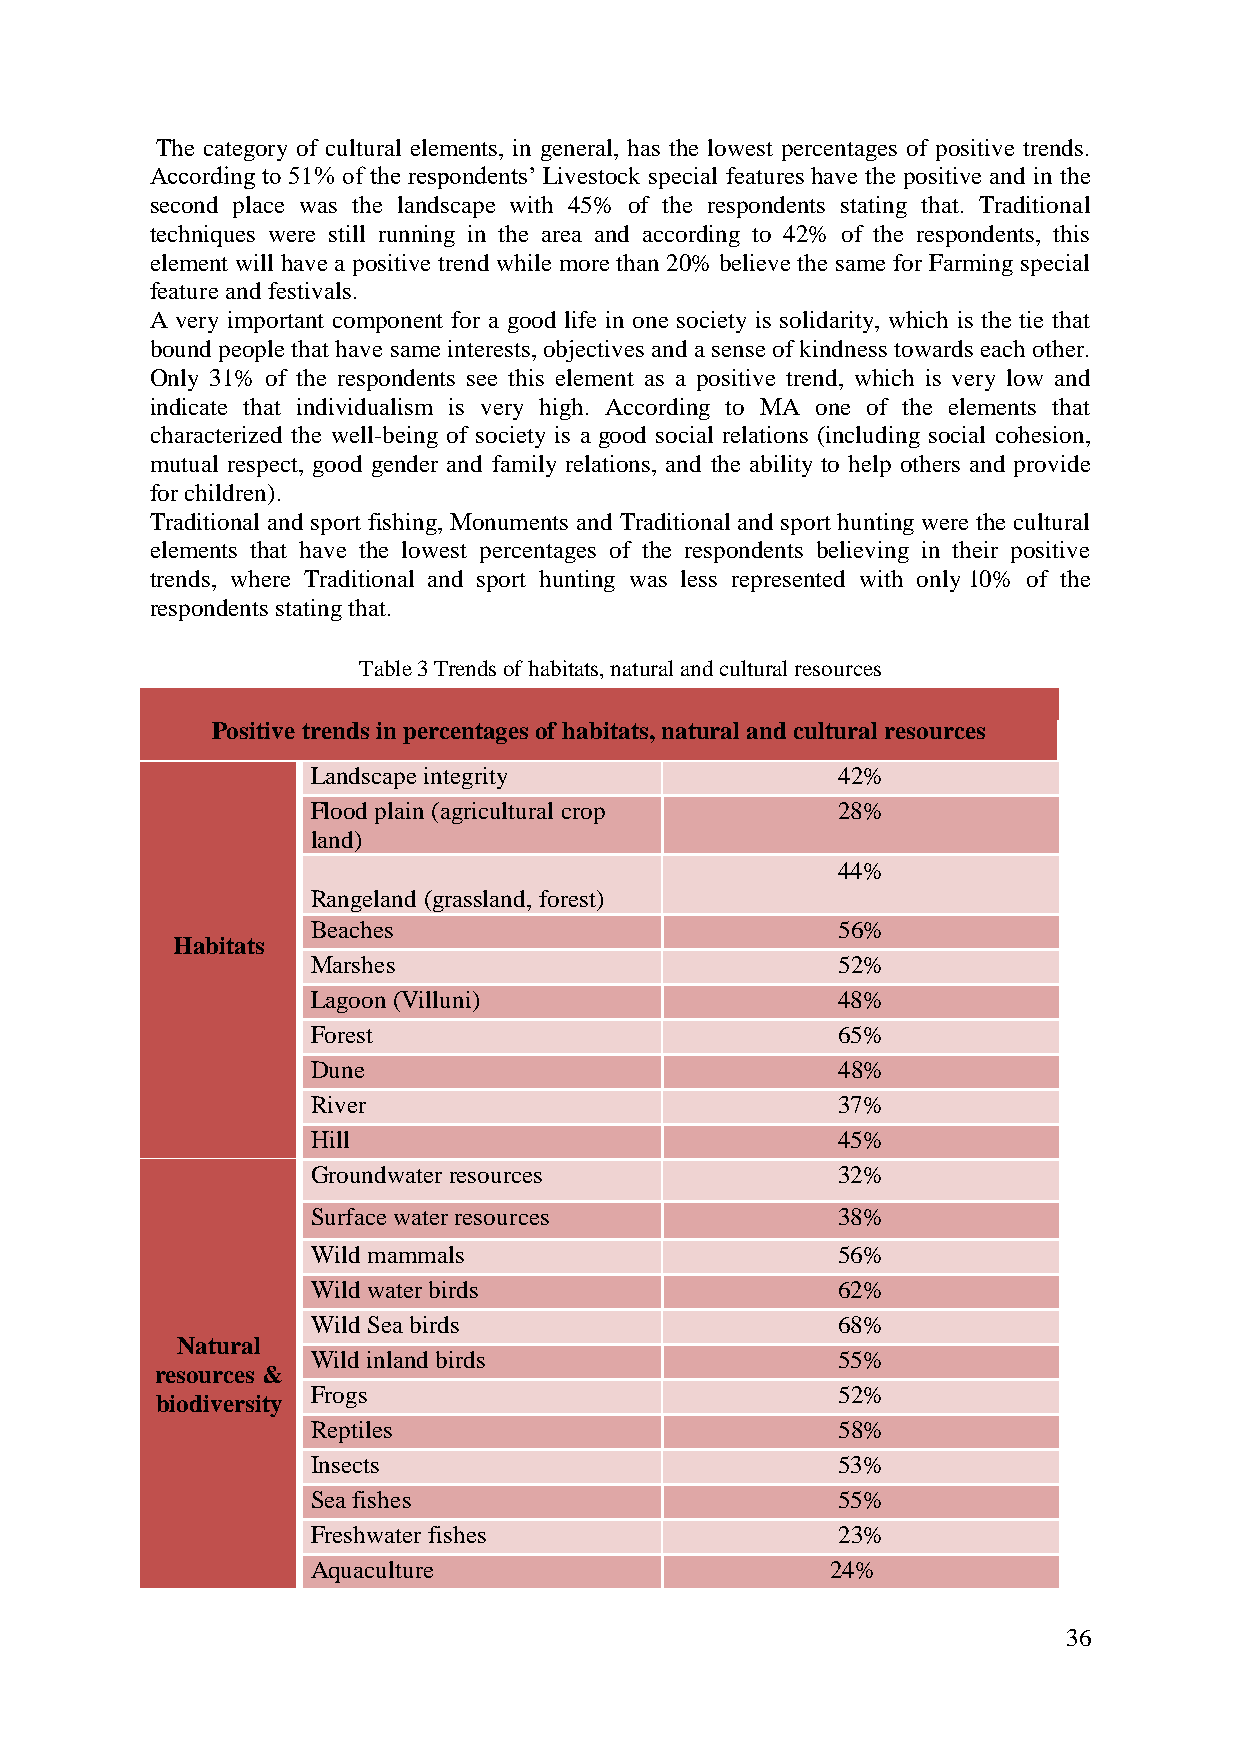
The category of cultural elements, in general, has the lowest percentages of positive trends.
 According to 51% of the respondents‟ Livestock special features have the positive and in the
 second place was the landscape with 45% of the respondents stating that. Traditional
 techniques were still running in the area and according to 42% of the respondents, this
 element will have a positive trend while more than 20% believe the same for Farming special
 feature and festivals.
 A very important component for a good life in one society is solidarity, which is the tie that
 bound people that have same interests, objectives and a sense of kindness towards each other.
 Only 31% of the respondents see this element as a positive trend, which is very low and
 indicate that individualism is very high. According to MA one of the elements that
 characterized the well-being of society is a good social relations (including social cohesion,
 mutual respect, good gender and family relations, and the ability to help others and provide
 for children).
 Traditional and sport fishing, Monuments and Traditional and sport hunting were the cultural
 elements that have the lowest percentages of the respondents believing in their positive
 trends, where Traditional and sport hunting was less represented with only 10% of the
 respondents stating that.
 Table 3 Trends of habitats, natural and cultural resources
 Positive trends in percentages of habitats, natural and cultural resources
 Landscape integrity               42%
 Flood plain (agricultural crop    28%
 land)
 44%
 Rangeland (grassland, forest)
 Beaches                           56%
 Habitats
 Marshes                           52%
 Lagoon (Villuni)                  48%
 Forest                            65%
 Dune                              48%
 River                             37%
 Hill                              45%
 Groundwater resources             32%
 Surface water resources           38%
 Wild mammals                      56%
 Wild water birds                  62%
 Wild Sea birds                    68%
 Natural
 Wild inland birds                 55%
 resources &
 Frogs                             52%
 biodiversity
 Reptiles                          58%
 Insects                           53%
 Sea fishes                        55%
 Freshwater fishes                 23%
 Aquaculture                       24%
 36